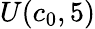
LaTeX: U(c_{0},5)